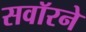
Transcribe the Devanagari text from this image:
सवॉरने